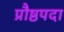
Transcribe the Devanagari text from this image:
प्रौष्ठपदा